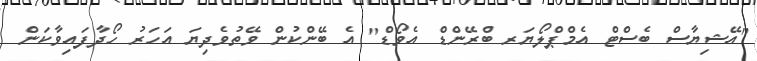
"އޭޝިޔާސް ބެސްޓް އެމްޕްލޯޔަރ ބްރޭންޑް އެވޯޑް" އެ ބޭންކުން ވޭތުވެދިޔަ އަހަރު ހޯދާފައިވާކަން